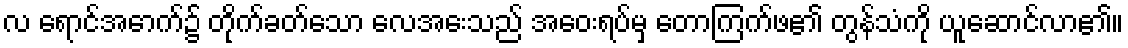
လ ရောင်အောက်၌ တိုက်ခတ်သော လေအေးသည် အဝေးရပ်မှ တောကြက်ဖ၏ တွန်သံကို ယူဆောင်လာ၏။